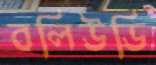
বলিউডি